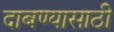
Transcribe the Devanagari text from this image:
दाबण्यासाठी